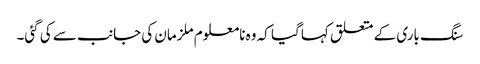
سنگ باری کے متعلق کہا گیا کہ وہ نامعلوم ملزمان کی جانب سے کی گئی۔